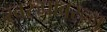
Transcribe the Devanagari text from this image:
स्वरुपावरून